Vaccination in Burma 1920-1933 - 1920-1933
Year: 1920
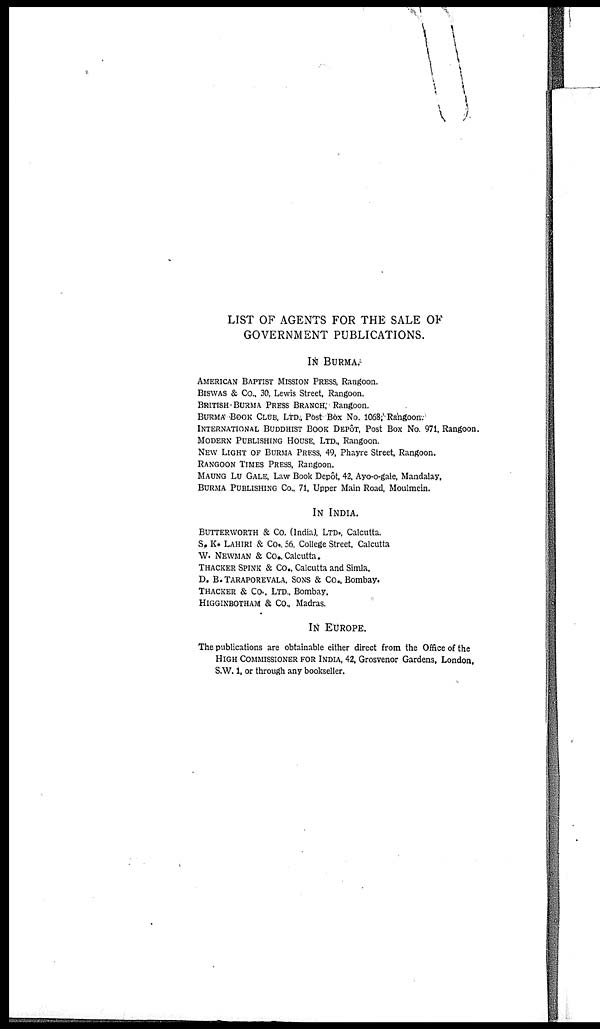
LIST OF AGENTS FOR THE SALE OF
GOVERNMENT PUBLICATIONS.
IN BURMA.
AMERICAN BAPTIST MISSION PRESS, Rangoon.
BISWAS & Co., 30, Lewis Street, Rangoon.
BRITISH BURMA PRESS BRANCH, Rangoon.
BURMA BOOK CLUB, LTD., Post Box No. 1068, Rangoon.
INTERNATIONAL BUDDHIST BOOK DEPÔT, Post Box No. 971, Rangoon.
MODERN PUBLISHING HOUSE LTD., Rangoon.
NEW LIGHT OF BURMA PRESS, 49, Phayre Street, Rangoon.
RANGOON TIMES PRESS, Rangoon.
MAUNG LU GALE Law Book Depôt 42, Ayo-o-gale, Mandalay,
BURMA PUBLISHING CO., 71, Upper Main Road Moulmein.
IN INDIA.
BUTTERWORTH & Co. (India) LTD., Calcutta.
S, K. LAHIRI & Co., 56, College Street, Calcutta
W. NEWMAN & Co., Calcutta.
THACKER SPINK & Co., Calcutta and Simla.
D. B. TARAPOREVALA, SONS & Co., Bombay.
THACKER & Co., LTD., Bombay.
HIGGINBOTHAM & Co., Madras.
IN EUROPE.
The publications are obtainable either direct from the Office of the
HIGH COMMISSIONER FOR INDIA, 42, Grosvenor Gardens, London,
S.W. 1, or through any bookseller.